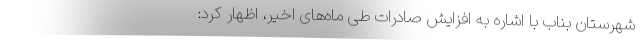
شهرستان بناب با اشاره به افزایش صادرات طی ماه‌های اخیر، اظهار کرد: